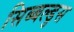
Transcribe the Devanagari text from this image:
सिब्बल्डुस